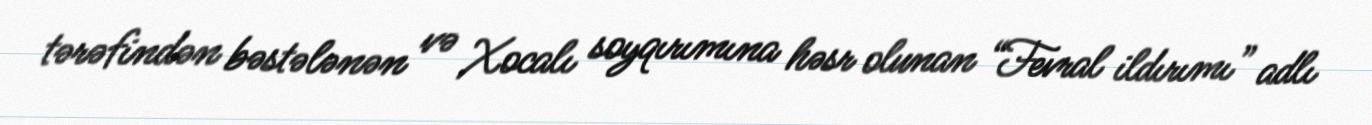
tərəfindən bəstələnən və Xocalı soyqırımına həsr olunan “Fevral ildırımı” adlı